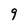
Character: 9